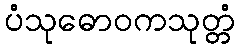
ပံသုဓောဝကသုတ္တံ